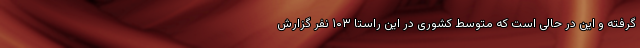
گرفته و این در حالی است که متوسط کشوری در این راستا ۱۰۳ نفر گزارش